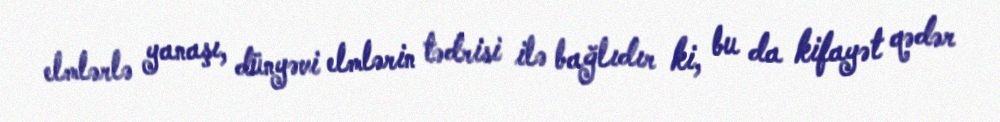
elmlərlə yanaşı, dünyəvi elmlərin tədrisi ilə bağlıdır ki, bu da kifayət qədər